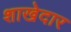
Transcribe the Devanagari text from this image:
शाखेदार